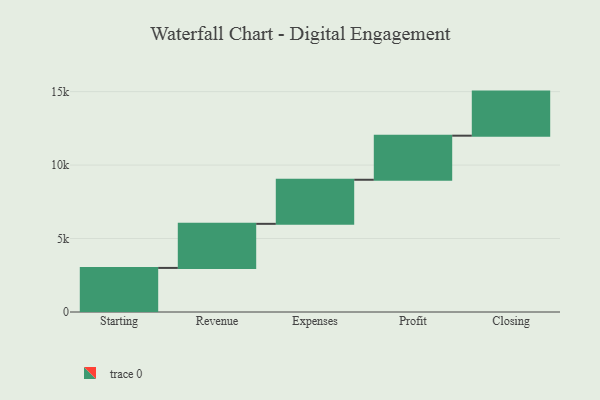
{"axis": {"x": "Step", "y": "Value"}, "legend": [""], "data": [{"x": "Starting", "y": 3000, "type": ""}, {"x": "Revenue", "y": 3000, "type": ""}, {"x": "Expenses", "y": 3000, "type": ""}, {"x": "Profit", "y": 3000, "type": ""}, {"x": "Closing", "y": 3000, "type": ""}]}